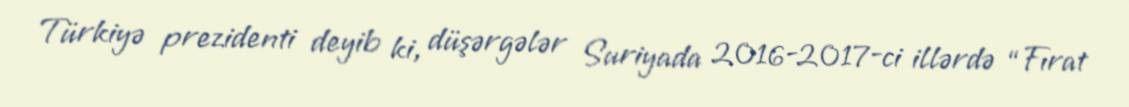
Türkiyə prezidenti deyib ki, düşərgələr Suriyada 2016-2017-ci illərdə “Fırat